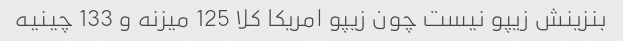
بنزینش زیپو نیست چون زیپو امریکا کلا 125 میزنه و 133 چینیه